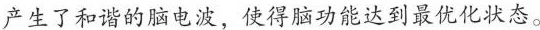
产生了和谐的脑电波，使得脑功能达到最优化状态。